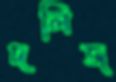
দলিজ